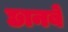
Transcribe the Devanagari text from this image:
छानबें